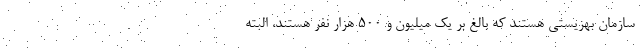
سازمان بهزیستی هستند که بالغ بر یک میلیون و ۵۰۰ هزار نفر هستند، البته